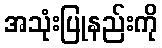
အသုံးပြုနည်းကို